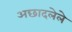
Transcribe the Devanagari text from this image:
अछादलेले